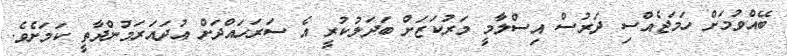
ބޭއްވުމަށް ހަމަޖެއްސި ދަރުސް އިސްލާމީ މަރުކަޒަށް ބަދަލުކުރީ އެ ސަރަހައްދަށް އުދައަރަމުންދާތީ ކަމަށެވެ.